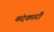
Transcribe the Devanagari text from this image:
मंदकारी